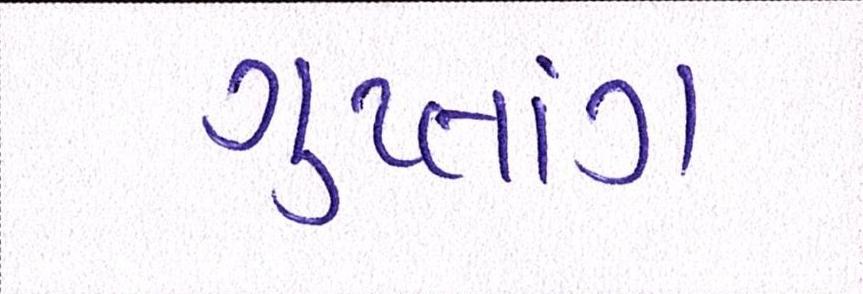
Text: ગુપ્તાંગ